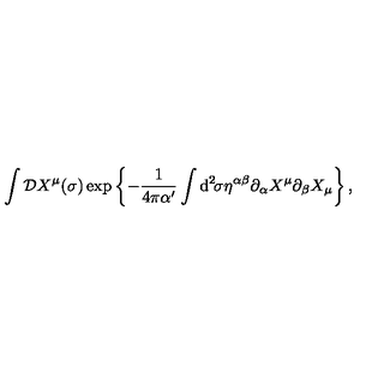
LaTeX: \int { \cal D } X ^ { \mu } ( \sigma ) \exp \left\{ - \frac { 1 } { 4 \pi \alpha ^ { \prime } } \int \mathrm { d } ^ { 2 } \! \sigma \eta ^ { \alpha \beta } \partial _ { \alpha } X ^ { \mu } \partial _ { \beta } X _ { \mu } \right\} ,